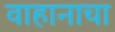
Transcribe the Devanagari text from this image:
वाहानाचा